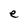
Character: e